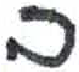
אות: ב